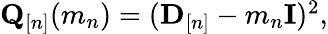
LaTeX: \begin{array}{r}{\mathbf Q_{[n]}(m_{n})=({\mathbf D}_{[n]}-m_{n}{\mathbf I})^{2},}\end{array}